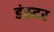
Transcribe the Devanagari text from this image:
डंस्टर